Senior Leaving Certificate Examination (including Day School Certificate (Higher) General paper), 1947
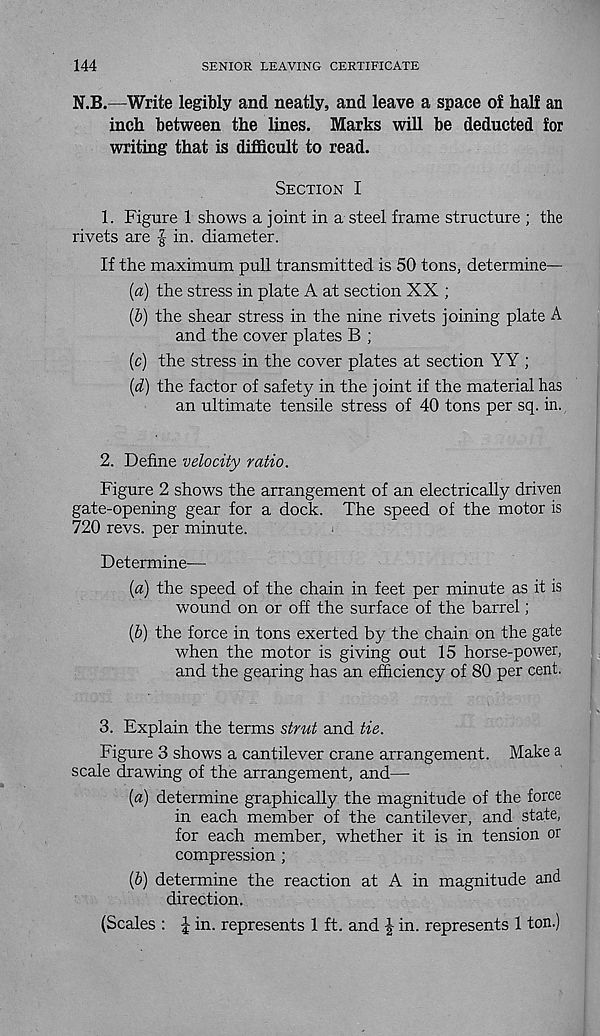
144
SENIOR LEAVING CERTIFICATE
N.B.—Write legibly and neatly, and leave a space of half an
inch between the lines. Marks will be deducted for
writing that is difficult to read.
Section I
1. Figure 1 shows a joint in a steel frame structure ; the
rivets are | in. diameter.
If the maximum pull transmitted is 50 tons, determine—
(a) the stress in plate A at section XX ;
(b) the shear stress in the nine rivets joining plate A
and the cover plates B ;
(c) the stress in the cover plates at section YY ;
(d) the factor of safety in the joint if the material has
an ultimate tensile stress of 40 tons per sq. in.
2. Define velocity ratio.
Figure 2 shows the arrangement of an electrically driven
gate-opening gear for a dock. The speed of the motor is
720 revs, per minute.
Determine—
{a) the speed of the chain in feet per minute as it is
wound on or off the surface of the barrel;
(6) the force in tons exerted by the chain on the gate
when the motor is giving out 15 horse-power,
and the gearing has an efficiency of 80 per cent.
3. Explain the terms strut and tie.
Figure 3 shows a cantilever crane arrangement. Make a
scale drawing of the arrangement, and—•
(«) determine graphically the magnitude of the force
in each member of the cantilever, and state,
for each member, whether it is in tension or
compression ;
(6) determine the reaction at A in magnitude and
direction.
(Scales : \ in. represents 1 ft. and J in. represents 1 ton.)